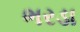
ભરડા